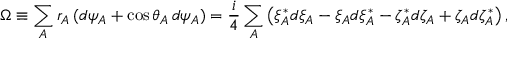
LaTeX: \Omega \equiv \sum _ { A } r _ { A } \, ( d \psi _ { A } + \cos \theta _ { A } \, d \psi _ { A } ) = \frac { i } { 4 } \sum _ { A } \left( \xi _ { A } ^ { * } d \xi _ { A } - \xi _ { A } d \xi _ { A } ^ { * } - \zeta _ { A } ^ { * } d \zeta _ { A } + \zeta _ { A } d \zeta _ { A } ^ { * } \right) ,